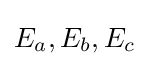
{E}_{a},{E}_{b},{E}_{c}